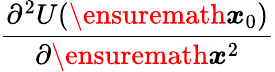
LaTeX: \frac{\partial^{2}U(\ensuremath{\boldsymbol{{x}}}_{0})}{\partial\ensuremath{\boldsymbol{{x}}}^{2}}